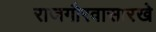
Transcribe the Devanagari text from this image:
राजगौरवासारखे